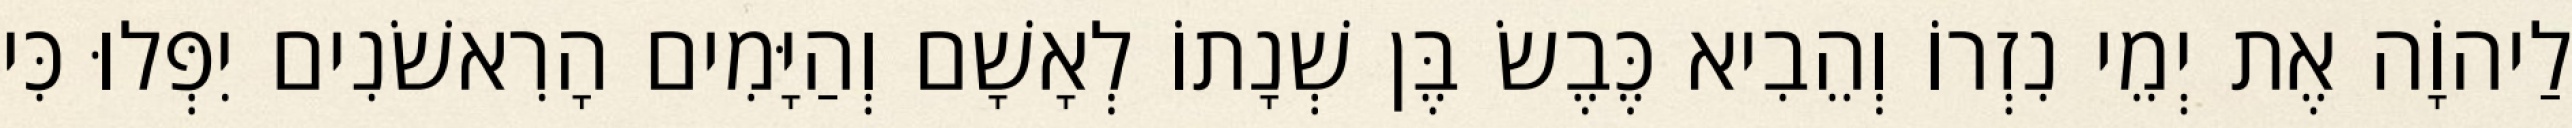
לַיהוָֹה אֶת יְמֵי נִזְרוֹ וְהֵבִיא כֶּבֶשׂ בֶּן שְׁנָתוֹ לְאָשָׁם וְהַיָּמִים הָרִאשֹׁנִים יִפְּלוּ כִּי